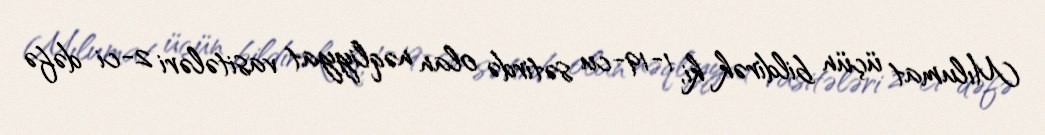
Mılumat üçün bildirək ki, 1-19-cu sətirdə olan nəqliyyat vasitələri 2-ci dəfə